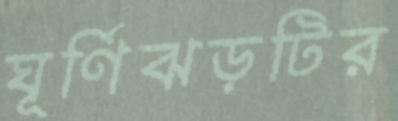
ঘূর্ণিঝড়টির